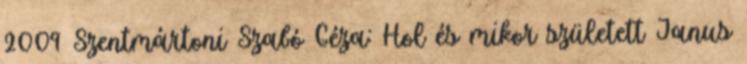
2009 Szentmártoni Szabó Géza: Hol és mikor született Janus